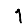
Digit: 1